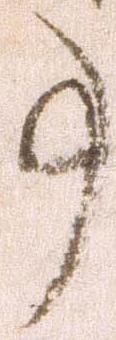
事